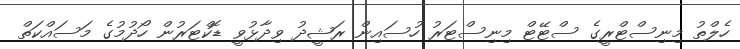
ހެލްތު މިނިސްޓްރީގެ ސްޓޭޓް މިނިސްޓަރު ހުސައިން ރަޝީދު ވިދާޅުވީ ޑޮކްޓަރުން ހޯދުމުގެ މަސައްކަތް